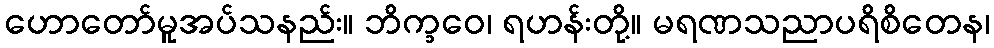
ဟောတော်မူအပ်သနည်း။ ဘိက္ခဝေ၊ ရဟန်းတို့။ မရဏသညာပရိစိတေန၊